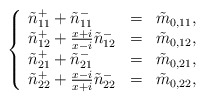
\begin{align*}\left\{\begin{array}{lll}\tilde{n}_{11}^{+} + \tilde{n}_{11}^{-}&=&\tilde{m}_{0,11}, \\\tilde{n}_{12}^{+} + \frac{x + i}{x - i} \tilde{n}_{12}^{-}&=&\tilde{m}_{0,12}, \\\tilde{n}_{21}^{+} + \tilde{n}_{21}^{-}&=&\tilde{m}_{0,21}, \\\tilde{n}_{22}^{+} + \frac{x - i}{x + i} \tilde{n}_{22}^{-}&=&\tilde{m}_{0,22},\end{array}\right.\end{align*}